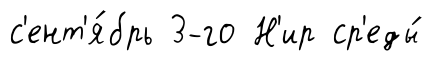
с'ент'я́брь 3-го Н'ир ср'еды́